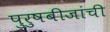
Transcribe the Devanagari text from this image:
पुरुषबीजांची